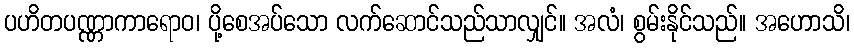
ပဟိတပဏ္ဏာကာရောဝ၊ ပို့စေအပ်သော လက်ဆောင်သည်သာလျှင်။ အလံ၊ စွမ်းနိုင်သည်။ အဟောသိ၊